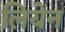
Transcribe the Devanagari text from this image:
लियेन